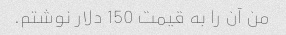
من آن را به قیمت 150 دلار نوشتم.